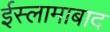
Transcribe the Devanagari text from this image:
ईस्लामाबाद